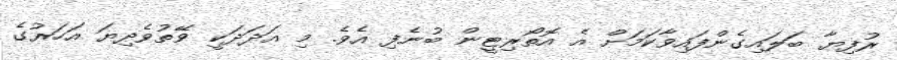
ރުފިޔާ ބަލައިގެންފައިވާކަމަށް އެ އޮތޯރިޓީން ބުނެފި އެވެ. މި އަދަދަކީ ވޭތުވެދިޔަ އަހަރުގެ